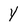
Character: Y